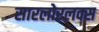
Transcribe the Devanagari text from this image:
सारलोरलक्स